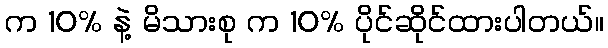
က 10% နဲ့ မိသားစု က 10% ပိုင်ဆိုင်ထားပါတယ်။